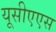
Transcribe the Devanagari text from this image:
यूसीएएस